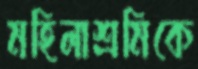
মহিলাশ্রমিকে